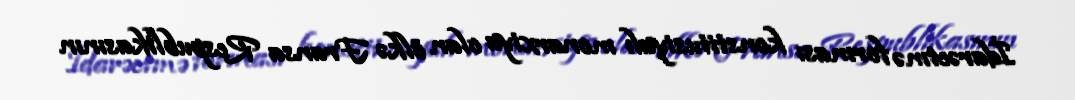
İdarəetmə forması konstitusiyalı monarxiya olan ölkə Fransa Respublikasının